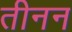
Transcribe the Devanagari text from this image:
तीनन